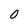
Character: 0